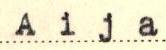
Aija